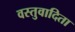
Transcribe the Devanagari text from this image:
वस्तुवादिता